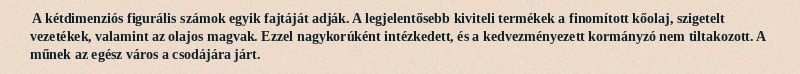
A kétdimenziós figurális számok egyik fajtáját adják. A legjelentősebb kiviteli termékek a finomított kőolaj, szigetelt vezetékek, valamint az olajos magvak. Ezzel nagykorúként intézkedett, és a kedvezményezett kormányzó nem tiltakozott. A műnek az egész város a csodájára járt.